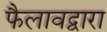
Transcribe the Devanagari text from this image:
फैलावद्वारा